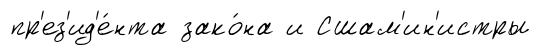
пр'ез'ид'е́нта зако́на и Сшам'ин'истры